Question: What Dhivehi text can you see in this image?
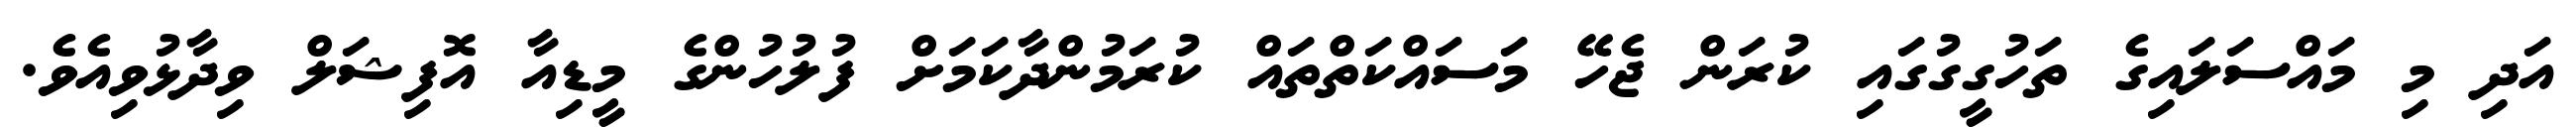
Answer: އަދި މި މައްސަލައިގެ ތަހުގީގުގައި ކުރަން ޖެހޭ މަސައްކަތްތައް ކުރަމުންދާކަމަށް ފުލުހުންގެ މީޑިއާ އޮފިޝަލް ވިދާޅުވިއެވެ.